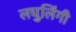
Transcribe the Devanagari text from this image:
लघुलिंगी